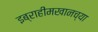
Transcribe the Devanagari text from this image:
इब्राहीमखानच्या